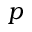
p